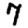
Digit: 7